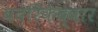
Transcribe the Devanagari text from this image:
बदरिकेद्वार